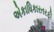
એકાધિકારતરફી